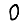
Digit: 0